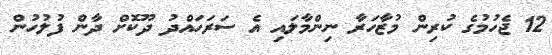
12 ޖެހުމުގެ ކުރިން މުޒާހަރާ ނިންމާލައި އެ ސަރަހައްދު ދޫކޮށް ދާން ފުލުހުން